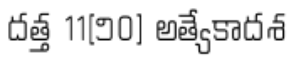
దత్త 11[౨0] అత్యేకాదశ